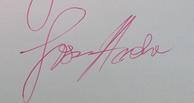
Signature authenticity: genuine